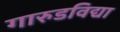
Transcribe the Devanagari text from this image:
गारुडविद्या